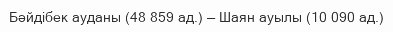
Бәйдібек ауданы (48 859 ад.) — Шаян ауылы (10 090 ад.)